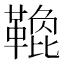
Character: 𩌟